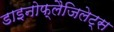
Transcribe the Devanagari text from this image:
डाइनोफ्लैजिलेट्स